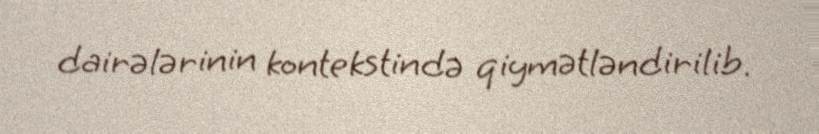
dairələrinin kontekstində qiymətləndirilib.